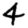
Digit: 4